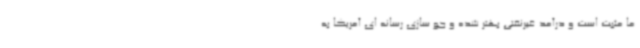
ما مثبت است و درآمد غیرنفتی بهتر شده و جو سازی رسانه ای آمریکا به